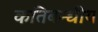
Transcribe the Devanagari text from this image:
कतिबन्धीय